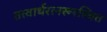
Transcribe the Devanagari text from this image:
तत्वार्थरत्नरूरस्थित